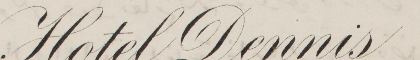
Hotel Dennis